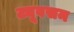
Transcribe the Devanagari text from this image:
ट्यूबसम